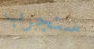
سنجرب